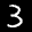
Label: 3